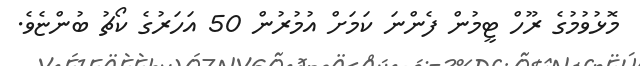
މޮޅުވުމުގެ ރޫހް ޓީމުން ފެންނަ ކަމަށް އުމުރުން 50 އަހަރުގެ ކޯޗު ބުންޏެވެ.